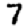
Digit: 7